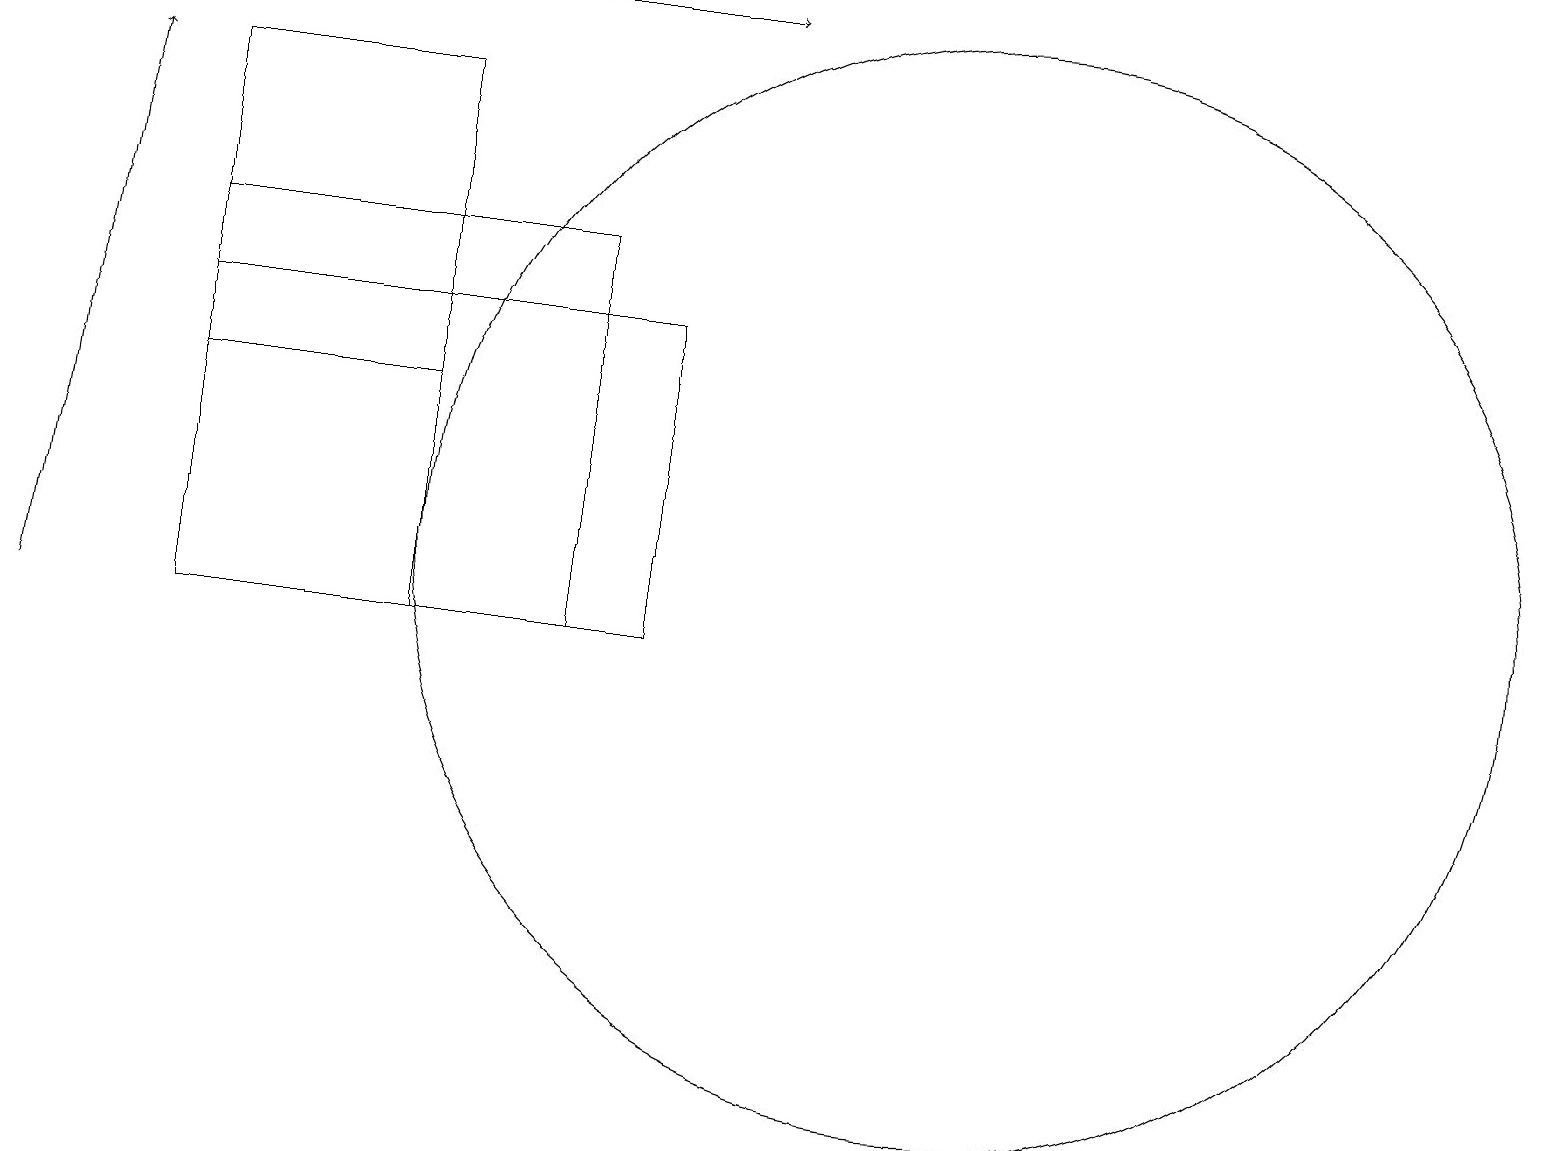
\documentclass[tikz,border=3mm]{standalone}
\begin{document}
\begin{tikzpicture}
\draw[->] (0,11) -- (1,18);
\draw (5,16) rectangle (5,11);
\draw (2,16) rectangle (7,11);
\draw (12,12) circle (7);
\draw[->] (4,19) -- (9,19);
\draw (5,14) rectangle (2,18);
\draw (2,11) rectangle (8,15);
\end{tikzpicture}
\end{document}